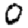
Digit: 0